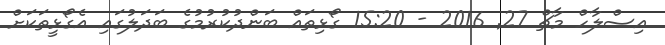
އިސްލާހް މާޗް 27